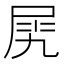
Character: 𡱧